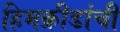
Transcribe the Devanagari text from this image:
हिमक्रीडांची